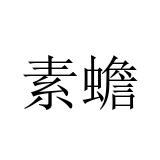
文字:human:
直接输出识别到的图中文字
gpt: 素蟾